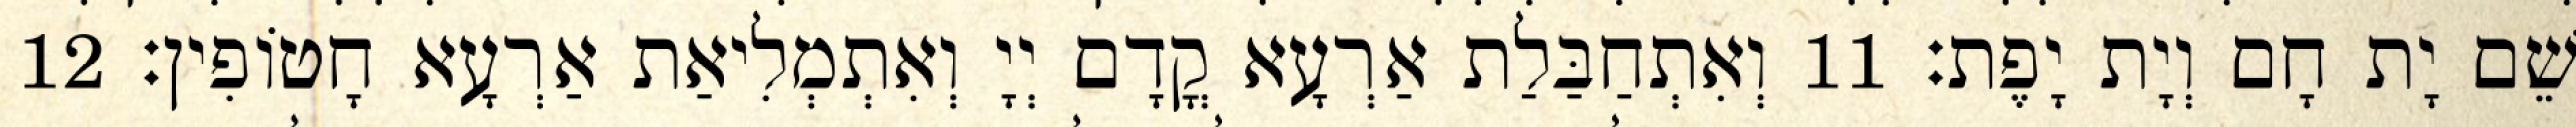
שֵׁם יָת חָם וְיָת יָפֶת׃ 11 וְאִתְחַבַּלַת אַרְעָא קֳדָם יְיָ וְאִתְמְלִיאַת אַרְעָא חָטוֹפִין׃ 12